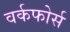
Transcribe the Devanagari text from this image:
वर्कफोर्स